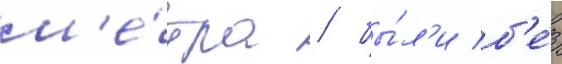
м'е́тра / бы́л'и б'е́з